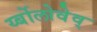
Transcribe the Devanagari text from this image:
र्य्बोलोवेव्